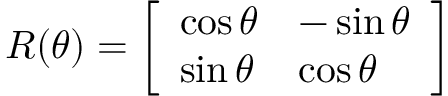
R ( \theta ) = { \left[ \begin{array} { l l } { \cos \theta } & { - \sin \theta } \\ { \sin \theta } & { \cos \theta } \end{array} \right] }